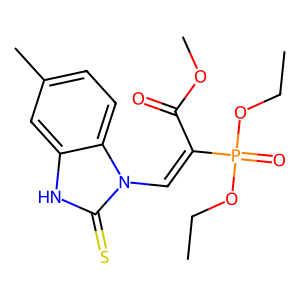
SMILES: CCOP(=O)(OCC)C(=Cn1c(=S)[nH]c2cc(C)ccc21)C(=O)OC
Inhibits HIV replication: No